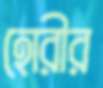
হোরীর